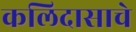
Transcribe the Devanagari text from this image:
कलिदासाचे